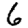
Digit: 6